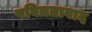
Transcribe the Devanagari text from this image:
पवित्रतावाद